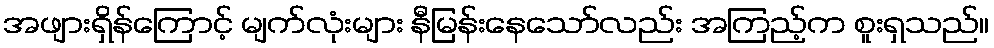
အဖျားရှိန်ကြောင့် မျက်လုံးများ နီမြန်းနေသော်လည်း အကြည့်က စူးရှသည်။